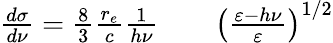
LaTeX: \begin{array}{rlr}{\frac{d\sigma}{d\nu}=\frac{8}{3}\frac{r_{e}}{c}\frac{1}{h\nu}}&{{}}&{\left(\frac{\varepsilon-h\nu}{\varepsilon}\right)^{1/2}}\end{array}